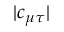
| c _ { \mu \tau } |